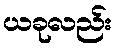
ယခုလည်း